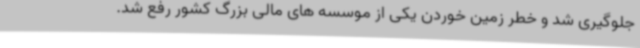
جلوگیری شد و خطر زمین خوردن یکی از موسسه های مالی بزرگ کشور رفع شد.